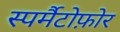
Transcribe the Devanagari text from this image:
स्पर्मैटोफ़ोर